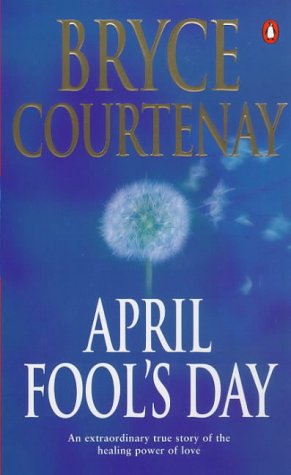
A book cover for April Fool's Day; Bryce Courtenay; Biographies & Memoirs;